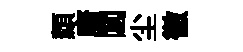
纇唐閶尘徹